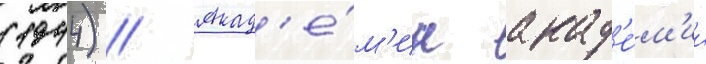
(1944) // Акад'е́м'ик акад'е́м'ии